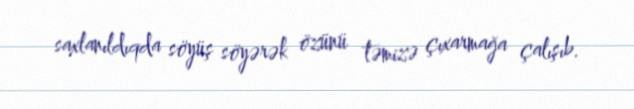
saxlanıldıqda söyüş söyərək özünü təmizə çıxarmağa çalışıb.